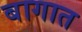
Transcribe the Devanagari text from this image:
बागात